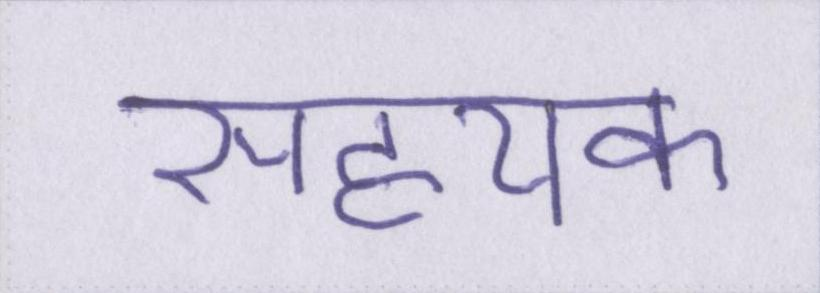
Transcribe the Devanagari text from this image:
सहयक